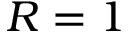
R = 1